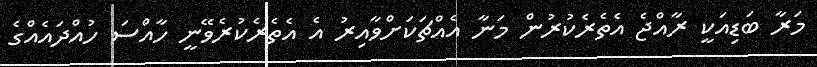
މަރާ ބަޑިއަކީ ރާއްޖެ އެތެރެކުުރުން މަނާ އެއްޗަކަށްވާއިރު އެ އެތެރެކުރެވޭނީ ހާއްސަ ހުއްދައެއްގެ